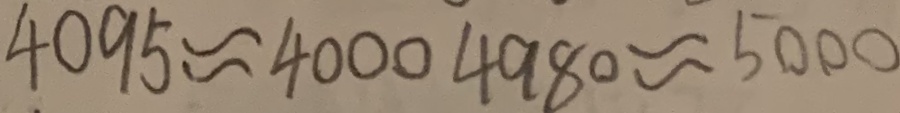
4 0 9 5 \approx 4 0 0 0 4 9 8 0 \approx 5 0 0 0